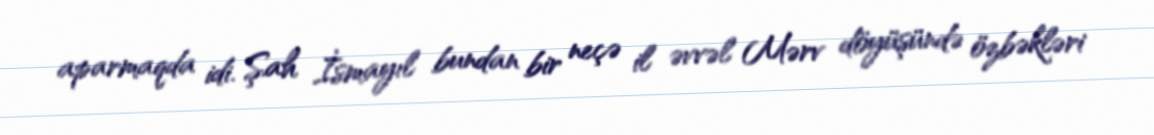
aparmaqda idi. Şah İsmayıl bundan bir neçə il əvvəl Mərv döyüşündə özbəkləri